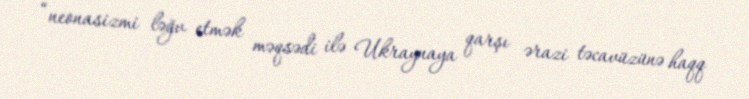
“neonasizmi ləğv etmək məqsədi ilə Ukraynaya qarşı ərazi təcavüzünə haqq